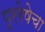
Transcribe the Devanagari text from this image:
पूररेषेचा